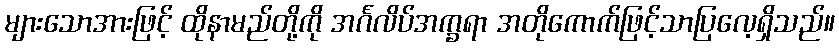
များသောအားဖြင့် ထိုနာမည်တို့ကို အင်္ဂလိပ်အက္ခရာ အတိုကောက်ဖြင့်သာပြလေ့ရှိသည်။